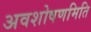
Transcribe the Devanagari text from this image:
अवशोषणमिति